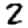
Digit: 2